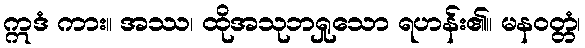
ဣဒံ ကား။ အဿ၊ ထိုအသုဘရှုသော ရဟန်း၏။ မနဝတ္တံ၊